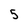
Character: 5